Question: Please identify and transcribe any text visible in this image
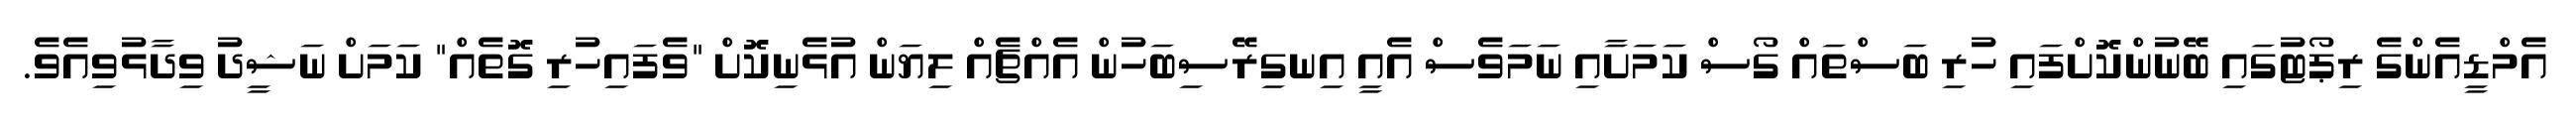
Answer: އެމްޑީއެންގެ ރިޕޯޓުގައި ބޭނުންކޮށްފައި ހުރި ބަސްތައް ގޯސް ކަމަށާއި ނަމަވެސް އެއީ އިނގިރޭސިބަހުން އެއްޗެއް ލިޔަން އުޅެނިކޮށް "ވެފައިހުރި ގޮތެއް" ކަމަށް ނަޝީދު ވިދާޅުވިއެވެ.